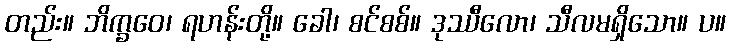
တည်း။ ဘိက္ခဝေ၊ ရဟန်းတို့။ ခေါ၊ စင်စစ်။ ဒုဿီလော၊ သီလမရှိသော။ ပ။